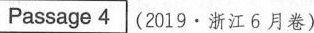
Passage 4 (2019·浙江6月卷)